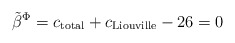
\begin{align*}{\tilde \beta}^\Phi = c_{\rm total} + c_{\rm Liouville} - 26 = 0\end{align*}